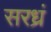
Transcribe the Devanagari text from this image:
सरध्रं